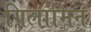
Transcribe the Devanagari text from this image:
गिलामिन